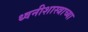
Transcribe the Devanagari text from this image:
ध्वनीशास्त्राच्या